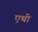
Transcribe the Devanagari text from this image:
एथी